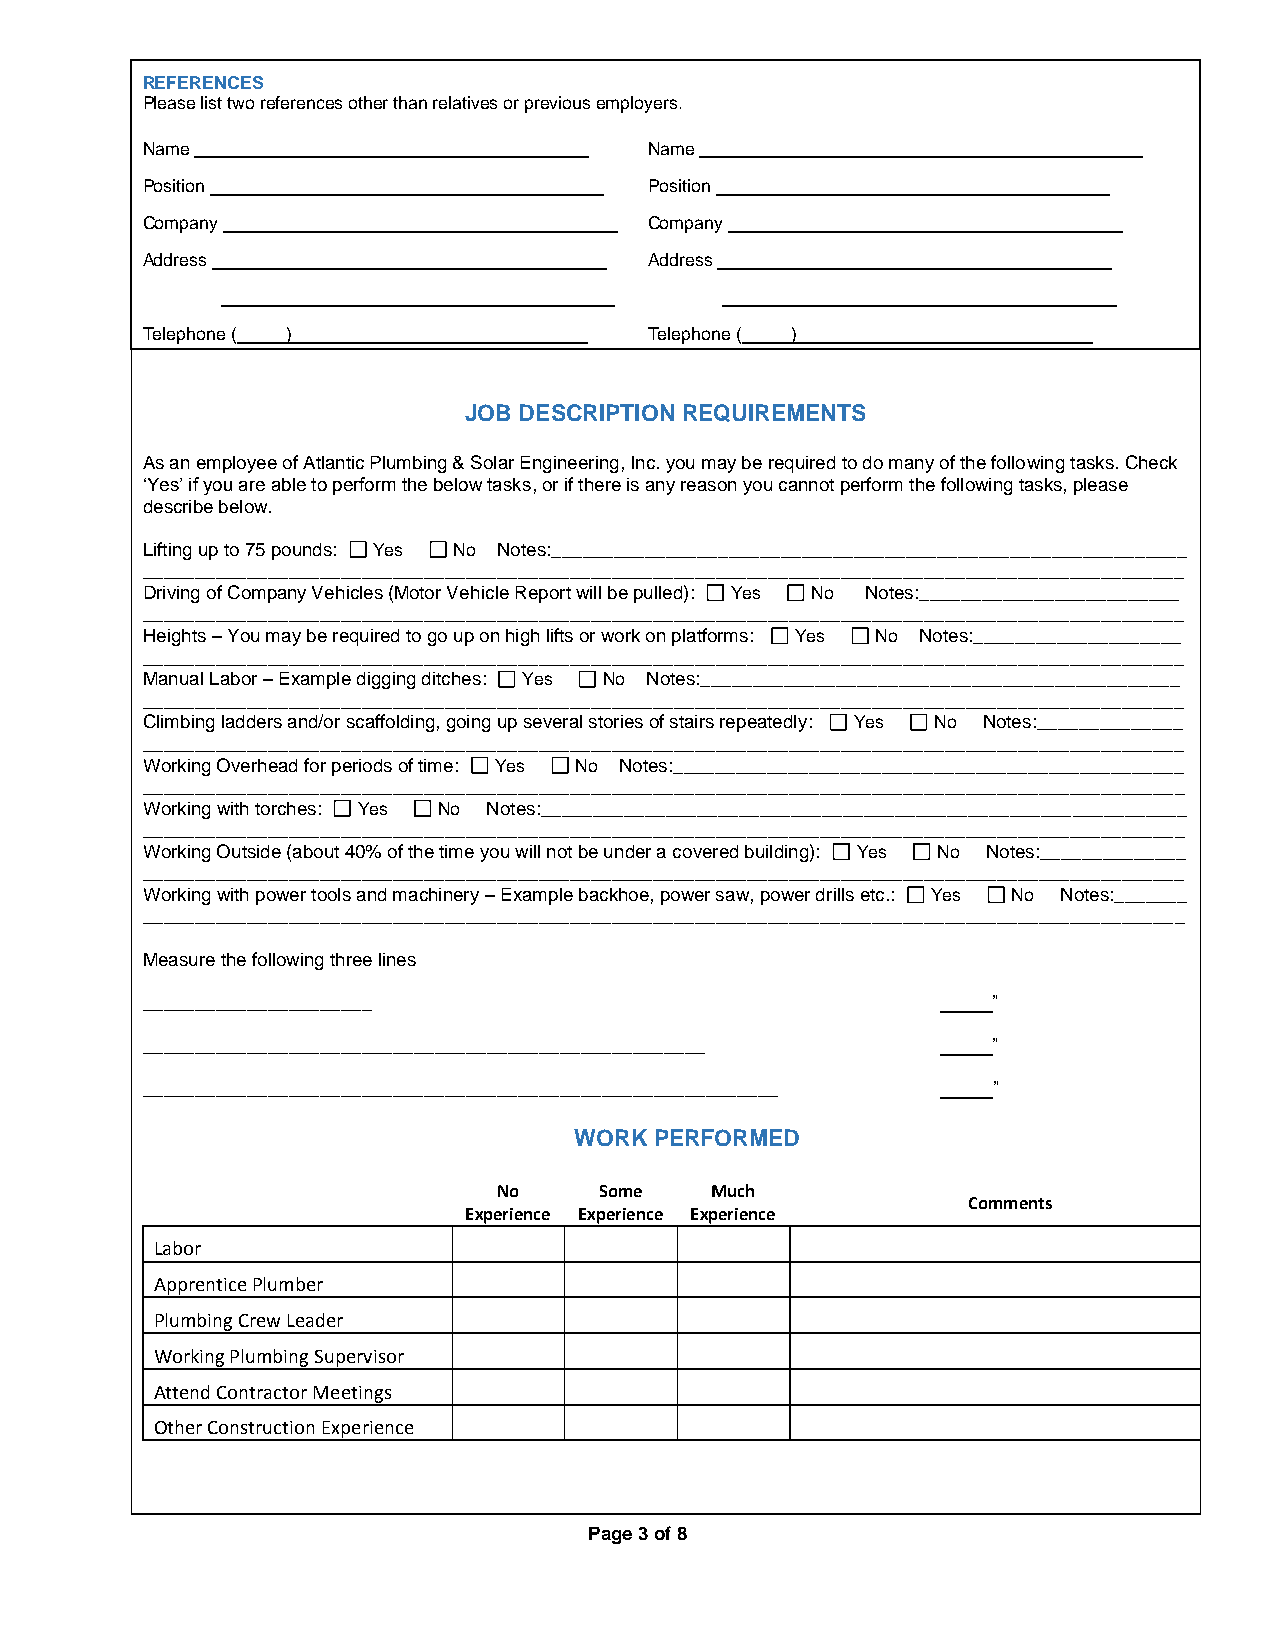
REFERENCES
 Please list two references other than relatives or previous employers.
 Name                              Name
 Position                          Position
 Company                           Company
 Address                           Address
 Telephone ( )                     Telephone ( )
 JOB DESCRIPTION REQUIREMENTS
 As an employee of Atlantic Plumbing & Solar Engineering, Inc. you may be required to do many of the following tasks. Check
 ‘Yes’ if you are able to perform the below tasks, or if there is any reason you cannot perform the following tasks, please
 describe below.
 Lifting up to 75 pounds: Yes No Notes:_____________________________________________________________
 ____________________________________________________________________________________________________
 Driving of Company Vehicles (Motor Vehicle Report will be pulled): Yes No Notes:_________________________
 ____________________________________________________________________________________________________
 Heights – You may be required to go up on high lifts or work on platforms: Yes No Notes:____________________
 ____________________________________________________________________________________________________
 Manual Labor – Example digging ditches: Yes No Notes:______________________________________________
 ____________________________________________________________________________________________________
 Climbing ladders and/or scaffolding, going up several stories of stairs repeatedly: Yes No Notes:______________
 ____________________________________________________________________________________________________
 Working Overhead for periods of time: Yes No Notes:_________________________________________________
 ____________________________________________________________________________________________________
 Working with torches: Yes No Notes:______________________________________________________________
 ____________________________________________________________________________________________________
 Working Outside (about 40% of the time you will not be under a covered building): Yes No Notes:______________
 ____________________________________________________________________________________________________
 Working with power tools and machinery – Example backhoe, power saw, power drills etc.: Yes No Notes:_______
 ____________________________________________________________________________________________________
 Measure the following three lines
 ______________________                               _____”
 ______________________________________________________ _____”
 _____________________________________________________________ _____”
 WORK PERFORMED
 No     Some   Much
 Comments
 Experience Experience Experience
 Labor
 Apprentice Plumber
 Plumbing Crew Leader
 Working Plumbing Supervisor
 Attend Contractor Meetings
 Other Construction Experience
 Page 3 of 8